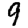
Digit: 9